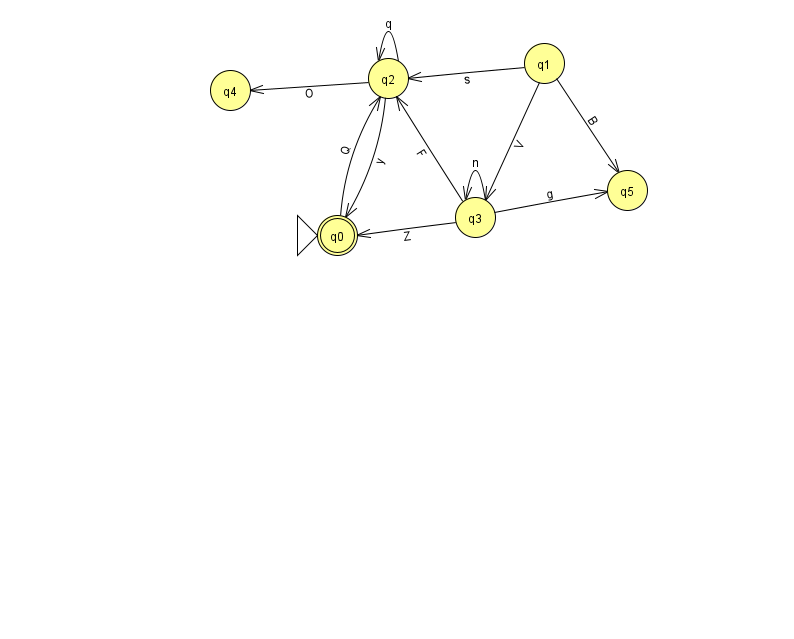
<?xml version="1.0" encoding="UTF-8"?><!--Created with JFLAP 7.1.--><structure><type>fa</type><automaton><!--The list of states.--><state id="0" name="q0"><x>337.0</x><y>222.0</y><initial/><final/></state><state id="1" name="q1"><x>544.0</x><y>50.0</y></state><state id="2" name="q2"><x>388.0</x><y>65.0</y></state><state id="3" name="q3"><x>475.0</x><y>204.0</y></state><state id="4" name="q4"><x>230.0</x><y>77.0</y></state><state id="5" name="q5"><x>627.0</x><y>177.0</y></state><!--The list of transitions.--><transition><from>1</from><to>2</to><read>s</read></transition><transition><from>2</from><to>2</to><read>q</read></transition><transition><from>3</from><to>2</to><read>F</read></transition><transition><from>2</from><to>0</to><read>y</read></transition><transition><from>2</from><to>4</to><read>O</read></transition><transition><from>1</from><to>3</to><read>V</read></transition><transition><from>3</from><to>0</to><read>Z</read></transition><transition><from>1</from><to>5</to><read>B</read></transition><transition><from>0</from><to>2</to><read>Q</read></transition><transition><from>3</from><to>3</to><read>n</read></transition><transition><from>3</from><to>5</to><read>g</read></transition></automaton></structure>